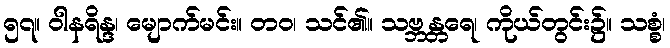
၅၇။ ဝါနရိန္ဒ၊ မျောက်မင်း။ တဝ၊ သင်၏။ သဗ္ဘန္တရေ၊ ကိုယ်တွင်း၌။ သစ္စံ၊